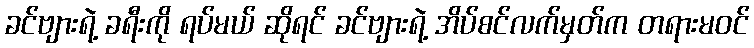
ခင်ဗျားရဲ့ ခရီးကို ရပ်မယ် ဆိုရင် ခင်ဗျားရဲ့ အိပ်စင်လက်မှတ်က တရားမဝင်